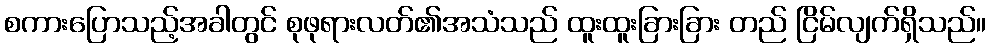
စကားပြောသည့်အခါတွင် စုဖုရားလတ်၏အသံသည် ထူးထူးခြားခြား တည် ငြိမ်လျက်ရှိသည်။